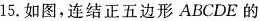
15.如图，连结正五边形ABCDE的